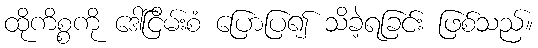
ထိုကိစ္စကို ဒေါ်ငြိမ်းစံ ပြောပြ၍ သိခဲ့ရခြင်း ဖြစ်သည်။